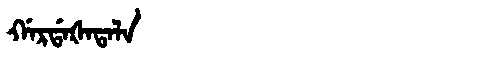
Manchu: ᡤᠠᡵᡩᠠᡧᠠᡨᠠᠯᠠ
Romanization: GARDAŠATALA